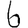
Digit: 6